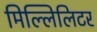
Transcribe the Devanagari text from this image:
मिल्लिलिटर